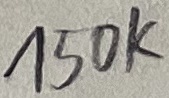
Text: 150K